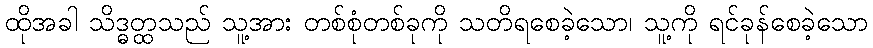
ထိုအခါ သိဒ္ဓတ္ထသည် သူ့အား တစ်စုံတစ်ခုကို သတိရစေခဲ့သော၊ သူ့ကို ရင်ခုန်စေခဲ့သော